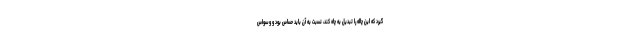
گیرد که این چاله را تبدیل به چاه کند، نسبت به آن باید حساس بود و وسواس